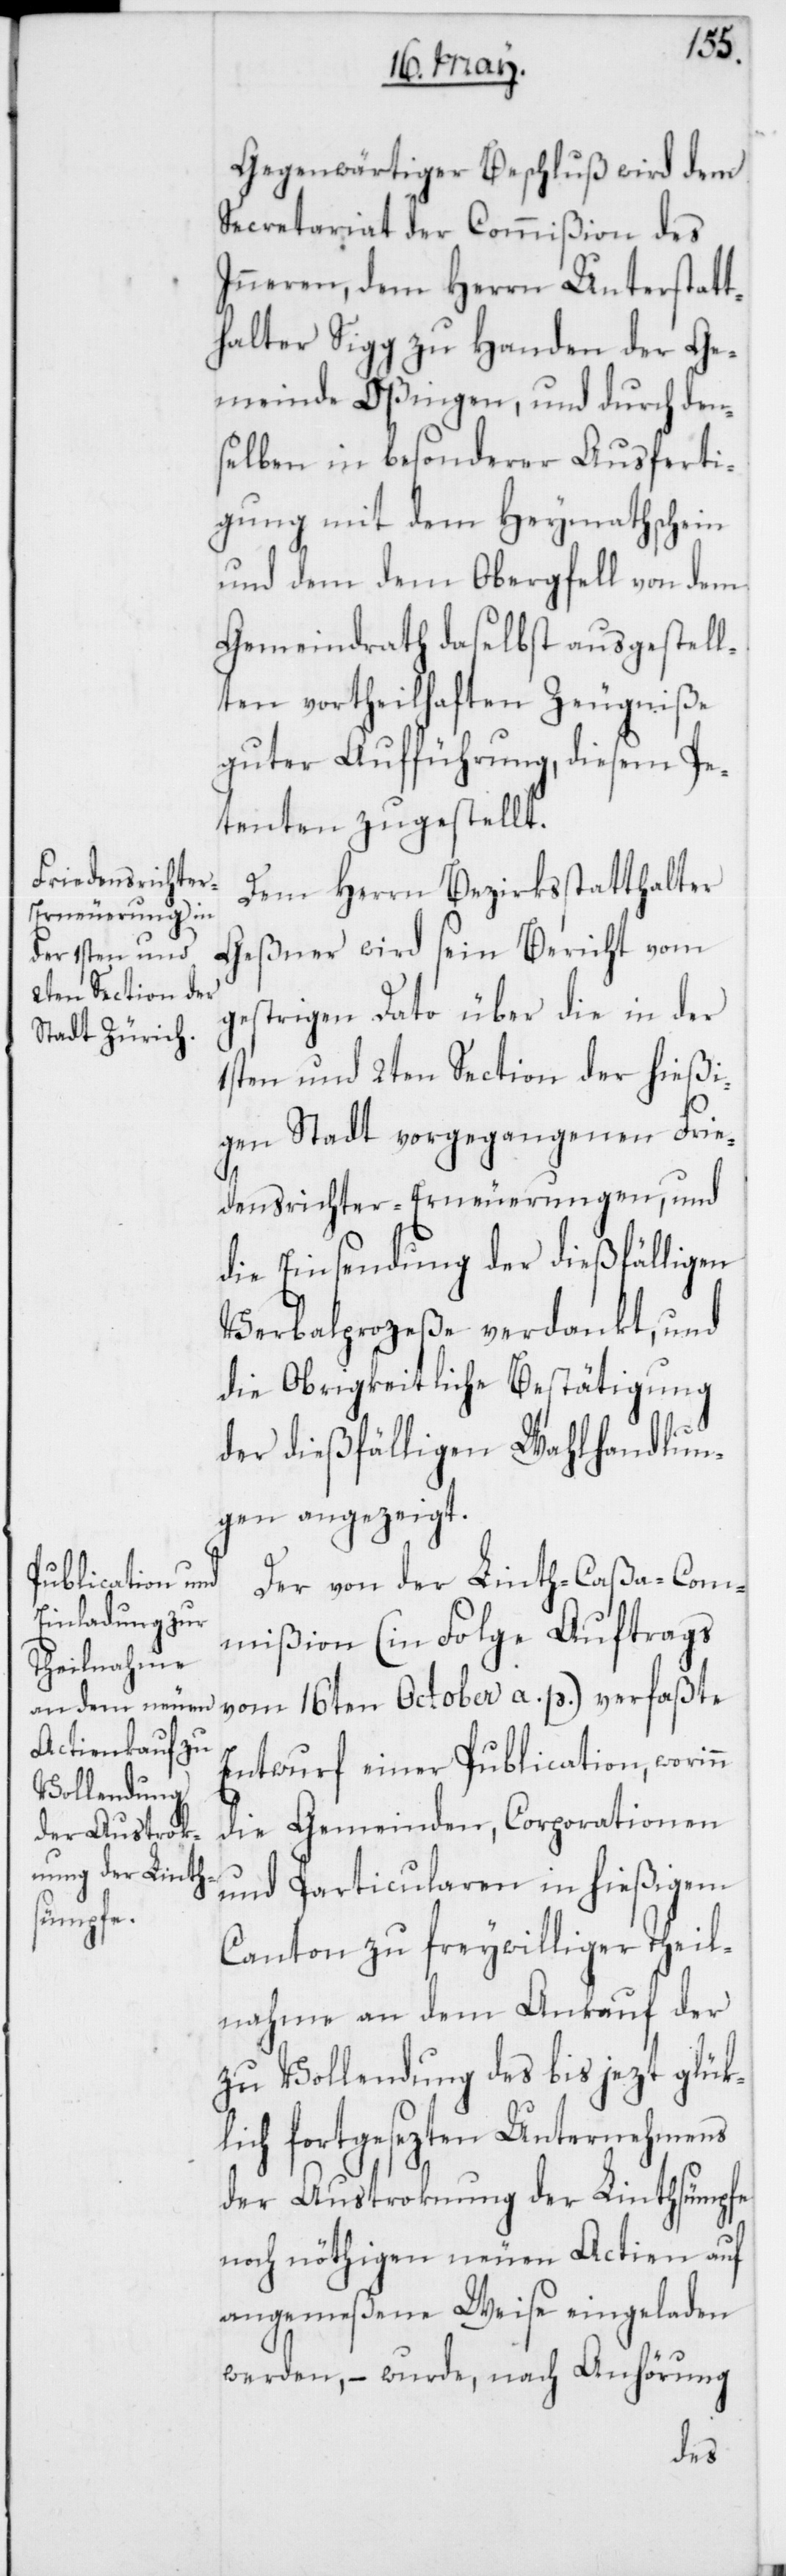
Gegenwärtiger Beschluß wird dem
Secretariat der Commißion des
Inneren, dem Herrn Unterstatt¬
halter Sigg zu Handen der Ge¬
meinde Oßingen, und durch den¬
selben in besonderer Ausferti¬
gung mit dem Heymathschein
und dem dem Obergfell von dem
Gemeindrath daselbst ausgestell¬
ten vortheilhaften Zeugniße
guter Aufführung, diesem Pe¬
tenten zugestellt.
Dem Herrn Bezirksstatthalter
Geßner wird sein Bericht vom
gestrigen dato über die in der
1sten und 2ten Section der hießi¬
gen Stadt vorgegangenen Frie¬
densrichter-Erneuerungen, und
die Einsendung der dießfälligen
Verbalprozeße verdankt, und
die Obrigkeitliche Bestätigung
der dießfälligen Wahlhandlun¬
gen angezeigt.
Der von der Linth-Caßa-Com¬
mißion (in Folge Auftrags
vom 16ten October a. p.) verfaßte
Entwurf einer Publication, worinn
die Gemeinden, Corporationen
und Particularen in hießigem
Canton zu freywilliger Theil¬
nahme an dem Ankauf der
zu Vollendung des bis jezt glükl¬
ich fortgesezten Unternehmens
der Austroknung der Linthsümpfe
noch nöthigen neuen Actien auf
angemeßene Weise eingeladen
werden, – wurde, nach Anhörung